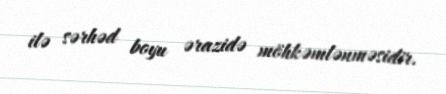
ilə sərhəd boyu ərazidə möhkəmlənməsidir.